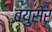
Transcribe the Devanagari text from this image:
ब्युसेर